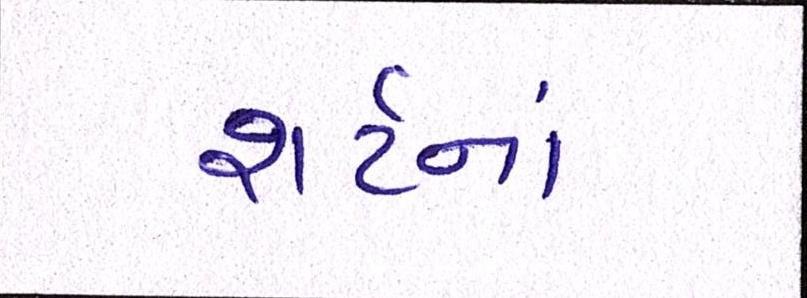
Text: શર્ટનાં